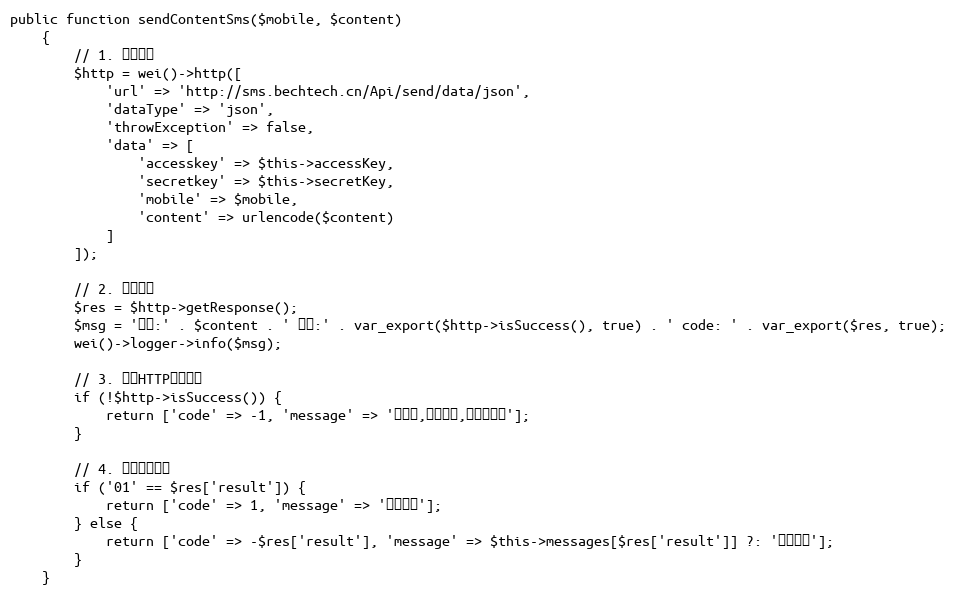
Language: PHP
public function sendContentSms($mobile, $content)
    {
        // 1. 调用接口
        $http = wei()->http([
            'url' => 'http://sms.bechtech.cn/Api/send/data/json',
            'dataType' => 'json',
            'throwException' => false,
            'data' => [
                'accesskey' => $this->accessKey,
                'secretkey' => $this->secretKey,
                'mobile' => $mobile,
                'content' => urlencode($content)
            ]
        ]);

        // 2. 记录日志
        $res = $http->getResponse();
        $msg = '短信:' . $content . ' 结果:' . var_export($http->isSuccess(), true) . ' code: ' . var_export($res, true);
        wei()->logger->info($msg);

        // 3. 处理HTTP请求失败
        if (!$http->isSuccess()) {
            return ['code' => -1, 'message' => '很抱歉,系统繁忙,请稍后再试'];
        }

        // 4. 处理业务结果
        if ('01' == $res['result']) {
            return ['code' => 1, 'message' => '发送成功'];
        } else {
            return ['code' => -$res['result'], 'message' => $this->messages[$res['result']] ?: '系统繁忙'];
        }
    }